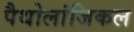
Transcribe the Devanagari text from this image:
पैथोलांजिकल